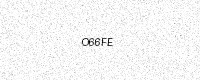
Text: O66FE